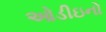
ઓડીઇનો